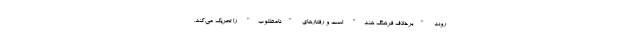
روند "برخلاف فرهنگ هند" است و رفتارهای "نامطلوب" را تحریک می‌کند.